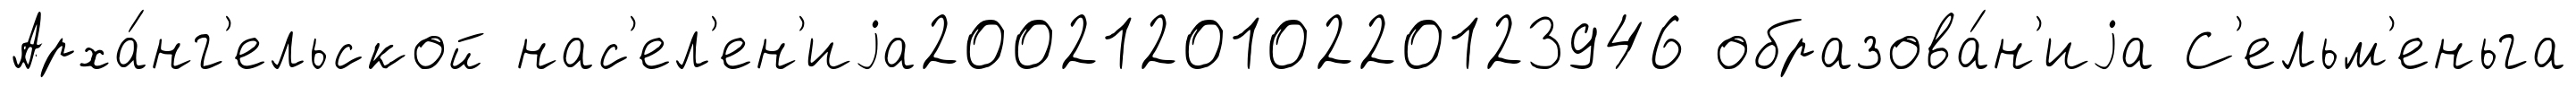
Арха́нг'ельской нас'ел'ен'иjа200212010220123946 образова́н'иjа С'ельм'еньга